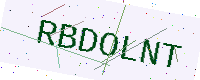
Text: RBDOLNT